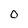
Character: o